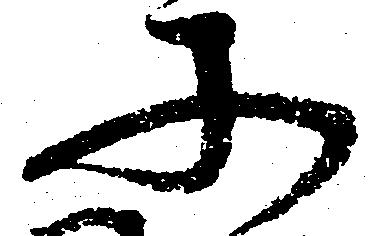
そ